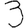
Digit: 3